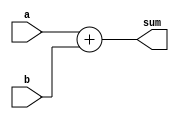

module adder_nbit 
    // Parameters section
    #( parameter N = 3)
    // Ports section
    (input [N-1:0] a,
     input [N-1:0] b,
     output reg [N:0] sum);
    
    // Wildcard operator is best for the procedure's
    // sensitivity list (control list)
    always @(*) begin
       sum[N:0] = a[N-1:0] + b[N-1:0];
       //sum = a + b;
    end  
  
endmodule


`timescale 1us/1ns
module tb_adder_nbit();
	
    parameter ADDER_WIDTH = 10;
    reg  [ADDER_WIDTH-1:0] a;
    reg  [ADDER_WIDTH-1:0] b;
    wire [ADDER_WIDTH:0] sum;
	
    // Instantiate the parameterized DUT
    adder_nbit 
    #(.N(ADDER_WIDTH))
    ADDER1
    (
        .a(a),
        .b(b),
        .sum(sum)      
    );
  
    // Create stimulus
    initial begin
        $monitor($time, " a = %d, b = %d, sum = %d", a, b, sum);
        #1; a = 0  ; b = 0  ;
        #2; a = 1  ; b = 99 ;
        #1; a = 33 ; b = 66 ;
        #1; a = 100; b = 47 ;
		#1; $stop;
    end
  
endmodule